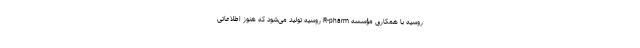
روسیه با همکاری مؤسسه R-pharm روسیه تولید می‌شود که هنوز اطلاعاتی